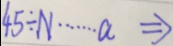
4 5 \div N \cdots a \Rightarrow